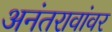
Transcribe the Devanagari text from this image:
अनंतरावांवर